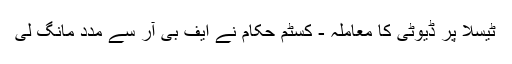
ٹیسلا پر ڈیوٹی کا معاملہ - کسٹم حکام نے ایف بی آر سے مدد مانگ لی